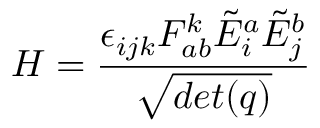
H = { \frac { \epsilon _ { i j k } F _ { a b } ^ { k } { \tilde { E } } _ { i } ^ { a } { \tilde { E } } _ { j } ^ { b } } { \sqrt { d e t ( q ) } } }